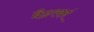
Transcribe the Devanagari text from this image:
बैडरबर्न